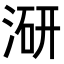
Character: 𭱍